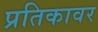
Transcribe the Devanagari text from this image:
प्रतिकावर